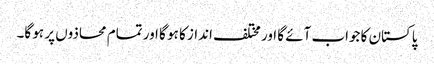
پاکستان کا جواب آئے گا اور مختلف انداز کا ہو گا اور تمام محاذوں پر ہو گا۔